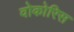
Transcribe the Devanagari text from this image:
वोकोरिस